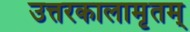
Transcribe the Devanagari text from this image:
उत्तरकालामृतम्